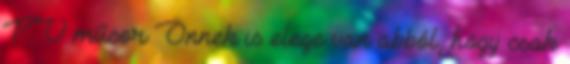
TV műsor Önnek is elege van abból, hogy csak